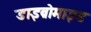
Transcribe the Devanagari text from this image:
डाइब्रोमाइड